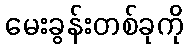
မေးခွန်းတစ်ခုကို